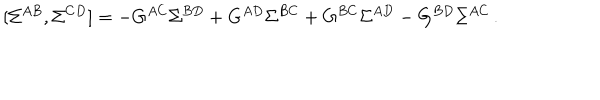
[ \Sigma ^ { A B } , \Sigma ^ { C D } ] = - G ^ { A C } \Sigma ^ { B D } + G ^ { A D } \Sigma ^ { B C } + G ^ { B C } \Sigma ^ { A D } - G ^ { B D } \Sigma ^ { A C } \, .